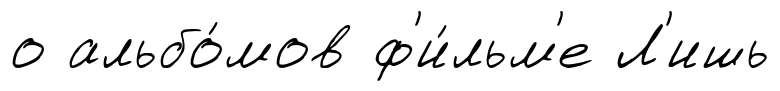
о альбо́мов ф'и́льм'е Л'ишь